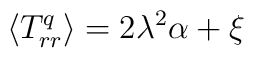
\langle {T^q_{rr}}\rangle=2\lambda ^2\alpha +\xi